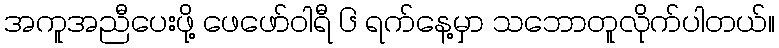
အကူအညီပေးဖို့ ဖေဖော်ဝါရီ ၆ ရက်နေ့မှာ သဘောတူလိုက်ပါတယ်။